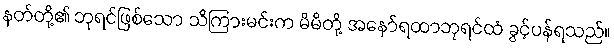
နတ်တို့၏ ဘုရင်ဖြစ်သော သိကြားမင်းက မိမိတို့ အနော်ရထာဘုရင်ထံ ခွင့်ပန်ရသည်။